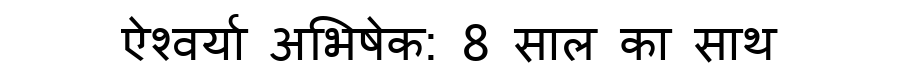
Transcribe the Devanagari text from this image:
ऐश्वर्या अभिषेक: 8 साल का साथ